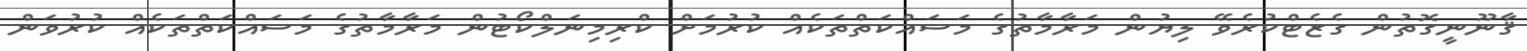
ޤާނޫނީގޮތުން ގެޒެޓްކުރެވޭ ލިޔުން މަރާމާތުގެ މަސައްކަތްތަކެއް ކުރުމަށް ކްރިމިނަލްކޯޓުން މަރާމާތުގެ މަސައްކަތްތަކެއް ކުރުވަން